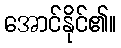
အောင်နိုင်၏။